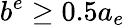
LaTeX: b^{e}\ge 0.5a_{e}